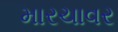
મારચાવર